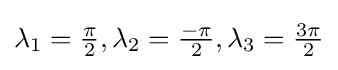
{\textstyle \lambda _{1}={\frac {\pi }{2}},\lambda _{2}={\frac {-\pi }{2}},\lambda _{3}={\frac {3\pi }{2}}}